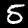
Label: 5